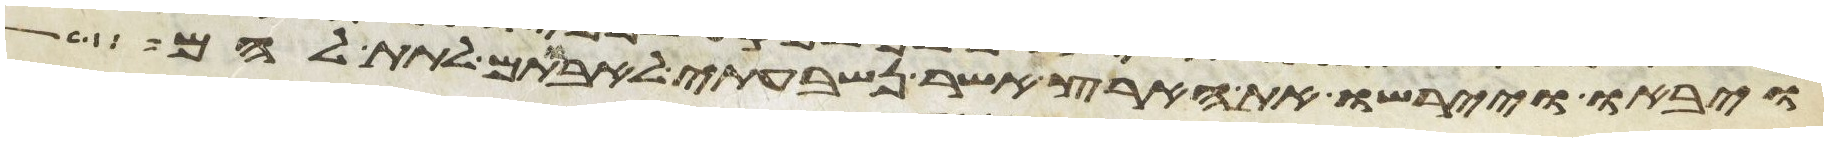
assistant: ויבאו ויירשו את הארץ אשר נשבעתי לאבותם לתת להם